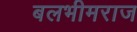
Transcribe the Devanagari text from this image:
बलभीमराज